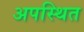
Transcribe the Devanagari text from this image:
अपस्थित